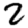
Digit: 2